Indian journal of veterinary science and animal husbandry - Volume 4,
Year: 1934
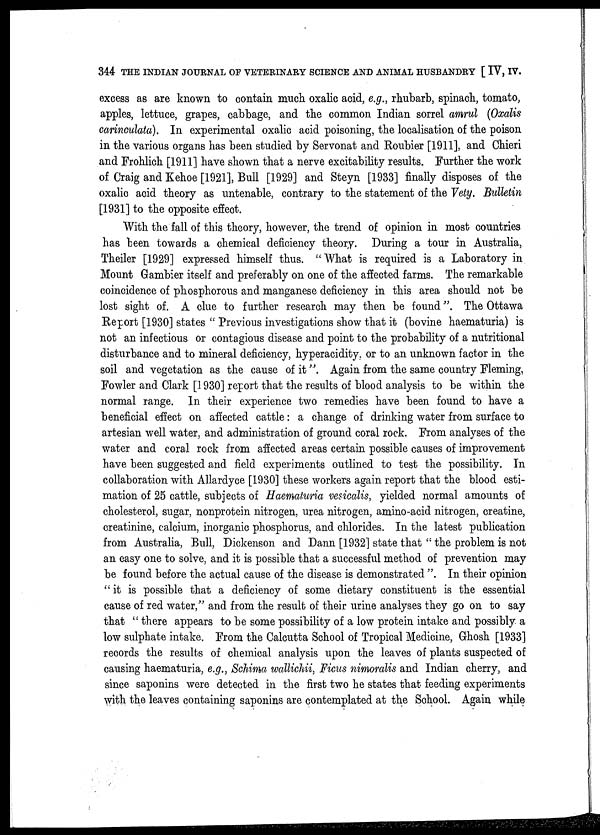
344 THE INDIAN JOURNAL OF VETERINARY SCIENCE AND ANIMAL HUSBANDRY [ IV, IV.
excess as are known to contain much oxalic acid, e.g., rhubarb, spinach, tomato,
apples, lettuce, grapes, cabbage, and the common Indian sorrel amrul (Oxalis
carinculata). In experimental oxalic acid poisoning, the localisation of the poison
in the various organs has been studied by Servonat and Roubier [1911], and Chieri
and Frohlich [1911] have shown that a nerve excitability results. Further the work
of Craig and Kehoe [1921], Bull [1929] and Steyn [1933] finally disposes of the
oxalic acid theory as untenable, contrary to the statement of the Vety. Bulletin
[1931] to the opposite effect.
With the fall of this theory, however, the trend of opinion in most countries
has been towards a chemical deficiency theory. During a tour in Australia,
Theiler [1929] expressed himself thus. "What is required is a Laboratory in
Mount Gambier itself and preferably on one of the affected farms. The remarkable
coincidence of phosphorous and manganese deficiency in this area should not be
lost sight of. A clue to further research may then be found". The Ottawa
Report [1930] states " Previous investigations show that it (bovine haematuria) is
not an infectious or contagious disease and point to the probability of a nutritional
disturbance and to mineral deficiency, hyperacidity, or to an unknown factor in the
soil and vegetation as the cause of it". Again from the same country Fleming,
Fowler and Clark [1930] report that the results of blood analysis to be within the
normal range. In their experience two remedies have been found to have a
beneficial effect on affected cattle: a change of drinking water from surface to
artesian well water, and administration of ground coral rock. From analyses of the
water and coral rock from affected areas certain possible causes of improvement
have been suggested and field experiments outlined to test the possibility. In
collaboration with Allardyce [1930] these workers again report that the blood esti-
mation of 25 cattle, subjects of Haematuria vesicalis, yielded normal amounts of
cholesterol, sugar, nonprotein nitrogen, urea nitrogen, amino-acid nitrogen, creatine,
creatinine, calcium, inorganic phosphorus, and chlorides. In the latest publication
from Australia, Bull, Dickenson and Dann [1932] state that " the problem is not
an easy one to solve, and it is possible that a successful method of prevention may
be found before the actual cause of the disease is demonstrated ". In their opinion
" it is possible that a deficiency of some dietary constituent is the essential
cause of red water," and from the result of their urine analyses they go on to say
that " there appears to be some possibility of a low protein intake and possibly a
low sulphate intake. From the Calcutta School of Tropical Medicine, Ghosh [1933]
records the results of chemical analysis upon the leaves of plants suspected of
causing haematuria, e.g., Schima wallichii, Ficus nimoralis and Indian cherry, and
since saponins were detected in the first two he states that feeding experiments
with the leaves containing saponins are contemplated at the School. Again while